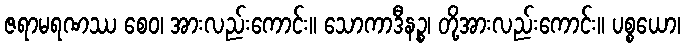
ဇရာမရဏဿ စေဝ၊ အားလည်းကောင်း။ သောကာဒီနဉ္စ၊ တို့အားလည်းကောင်း။ ပစ္စယော၊